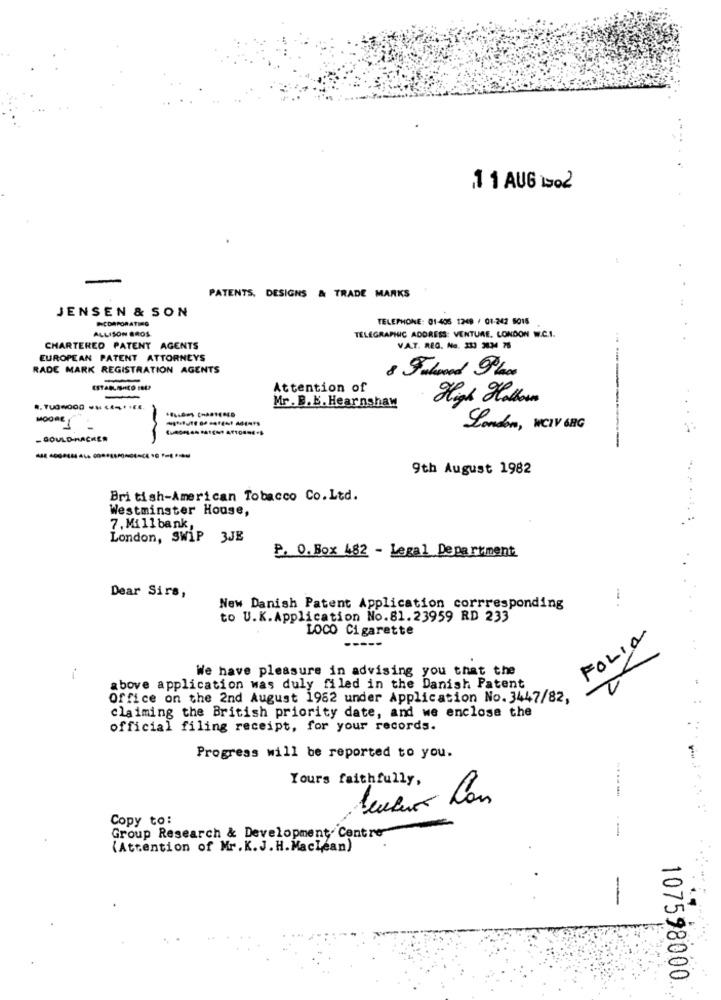
1 1 AUG 1902
PATENTS, DESIGNS & TRADE MARKS
JENSEN & SON
PCDAPORATING
TELEPHONE: 01-405 1249 / 01-242 5015
ALLISON GROS
TELEGRAPHIC ADDRESS: VENTURE, LONDON W.C.I.
CHARTERED PATENT AGENTS
V.A.T. REG. No. 333 3034 76
EUROPEAN PATENT ATTORNEYS
RADE MARK REGISTRATION AGENTS
8 Flood Phc
Attention of
-
Mr. B. b. Hearnshaw
High Hosken
4.700000 . ...
MOORE
London, WCIV 68G
- GOULD-MACKEN
9th August 1982
British-American Tobacco Co.Ltd.
Westminster House,
7. Mill bank,
London, SWIP 3JE
P. O. Box 482 - Legal Department
Dear Sirs,
New Danish Patent Application corrresponding
-.
to U.K.Application No.81.23959 RD 233
LOCO Cigarette
FOLIO
-----
-.
We have pleasure in advising you that the
above application was duly filed in the Danish Patent
Office on the 2nd August 1962 under Application No. 3447/82,
claiming the British priority date, and we enclose the
official filing receipt, for your records.
Progress will be reported to you.
Yours faithfully,
Copy to:
Group Research & Development. Cent
(Attention of Mr. K.J. H. Maclean)
107598000